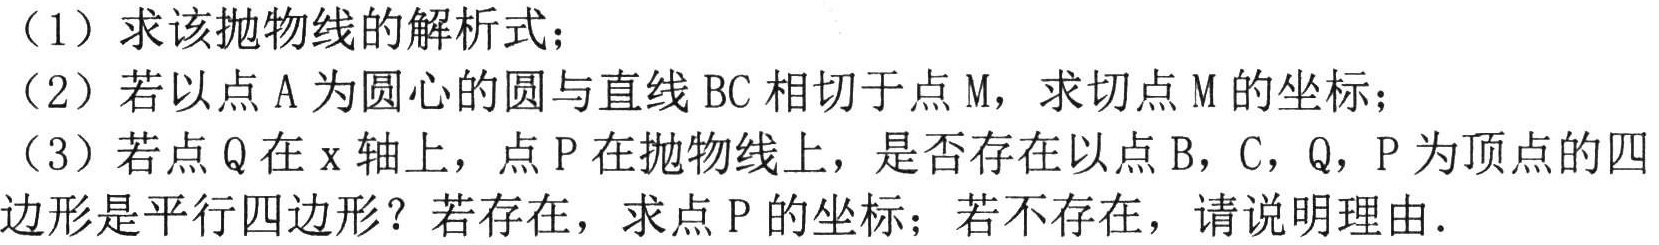
（1）求该抛物线的解析式；
（2）若以点\(A\)为圆心的圆与直线\(BC\)相切于点\(M\)，求切点\(M\)的坐标；
（3）若点\(Q\)在\(x\)轴上，点\(P\)在抛物线上，是否存在以点\(B\)，\(C\)，\(Q\)，\(P\)为顶点的四边形是平行四边形？若存在，求点\(P\)的坐标；若不存在，请说明理由.